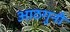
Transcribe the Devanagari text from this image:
आठगुनी